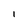
Character: I